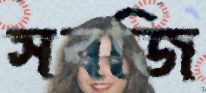
সবজি